Vaccination Hyderabad 1872-1889 - 1872-1889
Year: 1872
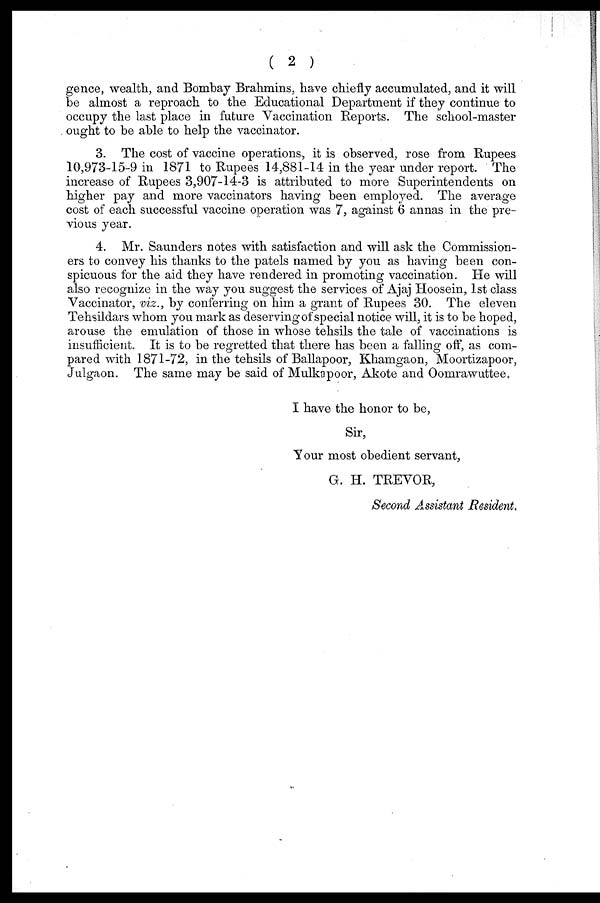
( 2 )
gence, wealth, and Bombay Brahmins, have chiefly accumulated, and it will
be almost a reproach to the Educational Department if they continue to
occupy the last place in future Vaccination Reports. The school-master
. ought to be able to help the vaccinator.
3. The cost of vaccine operations, it is observed, rose from Rupees
10,973-15-9 in 1871 to Rupees 14,881-14 in the year under report. The
increase of Rupees 3,907-14-3 is attributed to more Superintendents on
higher pay and more vaccinators having been employed. The average
cost of each successful vaccine operation was 7, against 6 annas in the pre-
vious year.
4. Mr. Saunders notes with satisfaction and will ask the Commission-
ers to convey his thanks to the patels named by you as having been con-
spicuous for the aid they have rendered in promoting vaccination. He will
also recognize in the way you suggest the services of Ajaj Hoosein, 1st class
Vaccinator, viz., by conferring on him a grant of Rupees 30. The eleven
Tehsildars whom you mark as deserving of special notice will, it is to be hoped,
arouse the emulation of those in whose tehsils the tale of vaccinations is
insufficient. It is to be regretted that there has been a falling off, as com-
pared with 1871-72, in the tehsils of Ballapoor, Khamgaon, Moortizapoor,
Julgaon. The same may be said of Mulkapoor, Akote and Oomrawuttee,
I have the honor to be,
Sir,
Your most obedient servant,
G. H. TREVOR,
Second Assistant Resident.